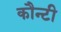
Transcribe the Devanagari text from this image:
कौन्टी